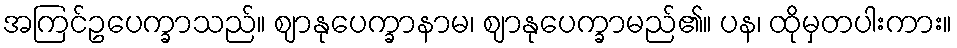
အကြင်ဥပေက္ခာသည်။ ဈာနုပေက္ခာနာမ၊ ဈာနုပေက္ခာမည်၏။ ပန၊ ထိုမှတပါးကား။